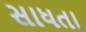
સાધતા